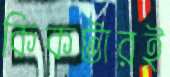
কিকটারই